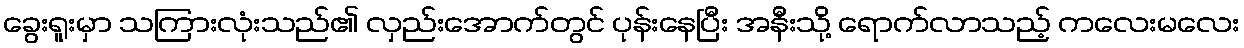
ခွေးရူးမှာ သကြားလုံးသည်၏ လှည်းအောက်တွင် ပုန်းနေပြီး အနီးသို့ ရောက်လာသည့် ကလေးမလေး